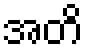
အတိ